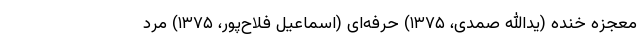
معجزه خنده (یدالله صمدی، ۱۳۷۵) حرفه‌ای (اسماعیل فلاح‌پور، ۱۳۷۵) مرد